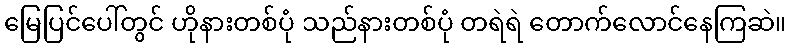
မြေပြင်ပေါ်တွင် ဟိုနားတစ်ပုံ သည်နားတစ်ပုံ တရဲရဲ တောက်လောင်နေကြဆဲ။